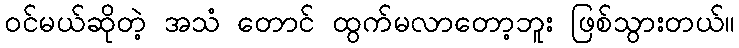
ဝင်မယ်ဆိုတဲ့ အသံ တောင် ထွက်မလာတော့ဘူး ဖြစ်သွားတယ်။